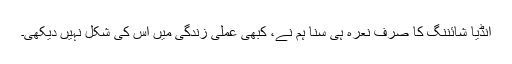
انڈیا شائننگ کا صرف نعرہ ہی سنا ہم نے، کبھی عملی زندگی میں اس کی شکل نہیں دیکھی۔